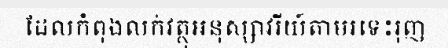
ដែលកំពុងលក់វត្ថុអនុស្សាវរីយ៍តាមរទេះរុញ